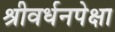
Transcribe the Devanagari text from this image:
श्रीवर्धनपेक्षा